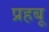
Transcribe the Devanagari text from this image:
प्रहबू